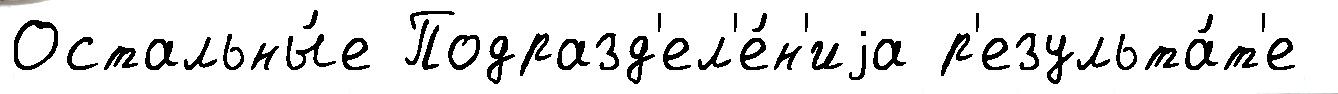
Остальны́е Подразд'ел'е́н'иjа р'езульта́т'е